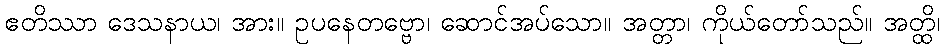
ဧတိဿာ ဒေသနာယ၊ အား။ ဥပနေတဗ္ဗော၊ ဆောင်အပ်သော။ အတ္တာ၊ ကိုယ်တော်သည်။ အတ္ထိ၊